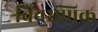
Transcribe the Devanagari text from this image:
विवरणिक